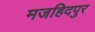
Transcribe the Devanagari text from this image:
मजहिदपुर